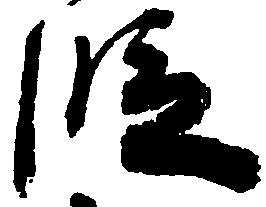
段